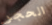
الحجر